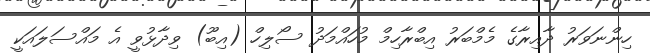
ހިންނަވަރު ދާއިރާގެ މެމްބަރު އިބްރާހިމް މުހައްމަދު ސޯލިހް (އިބޫ) ވިދާޅުވީ އެ މައްސަލައަކީ